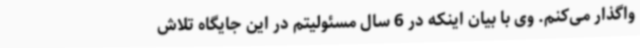
واگذار می‌کنم. وی با بیان اینکه در 6 سال مسئولیتم در این جایگاه تلاش